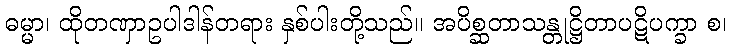
ဓမ္မာ၊ ထိုတဏှာဥပါဒါန်တရား နှစ်ပါးတို့သည်။ အပိစ္ဆတာသန္တုဋ္ဌိတာပဋိပက္ခာ စ၊